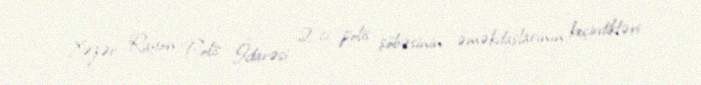
Xəzər Rayon Polis İdarəsi 2-ci polis şöbəsinin əməkdaşlarının keçirdikləri